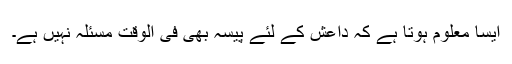
ایسا معلوم ہوتا ہے کہ داعش کے لئے پیسہ بھی فی الوقت مسئلہ نہیں ہے۔